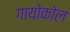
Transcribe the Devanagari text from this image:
गायोकोल